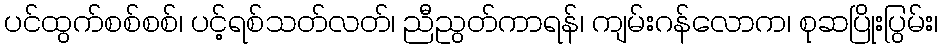
ပင်ထွက်စစ်စစ်၊ ပင့်ရစ်သတ်လတ်၊ ညီညွတ်ကာရန်၊ ကျမ်းဂန်လောက၊ စုဆပြိုးပြွမ်း၊